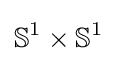
\mathbb {S} ^{1}\times \mathbb {S} ^{1}